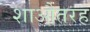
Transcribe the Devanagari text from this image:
शाऔतरह